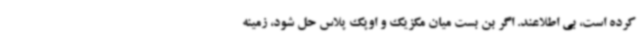
کرده است، بی اطلاعند. اگر بن بست میان مکزیک و اوپک پلاس حل شود، زمینه